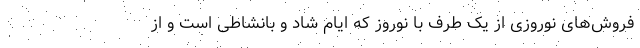
فروش‌های نوروزی از یک طرف با نوروز که ایام شاد و بانشاطی است و از